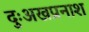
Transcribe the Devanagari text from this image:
दुःअखप्रनाश